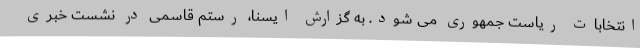
انتخابات ریاست جمهوری می شود. به گزارش ایسنا، رستم قاسمی در نشست خبری